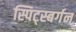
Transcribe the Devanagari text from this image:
स्पिट्स्बर्गन